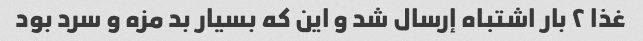
غذا ٢ بار اشتباه إرسال شد و این که بسیار بد مزه و سرد بود